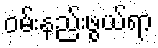
ဝမ်းနည်းဖွယ်ရာ